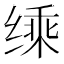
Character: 𮶄